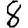
Digit: 8